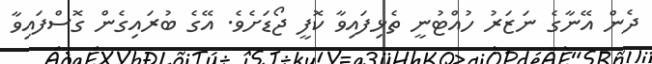
ދެން އޭނާގެ ނަޒަރު ހުއްޓުނީ ތެޅިފައިވާ ކޮފީ ޖޯޑަށެވެ. އޭގެ ބުރައިގެން ގޮސްފައިވާ